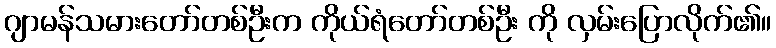
ဂျာမန်သမားတော်တစ်ဦးက ကိုယ်ရံတော်တစ်ဦး ကို လှမ်းပြောလိုက်၏။